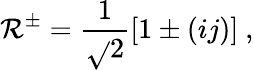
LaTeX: \mathcal{R}^{\pm}=\frac{{1}}{{\sqrt{}{{2}}}}[1\pm(ij)]~,